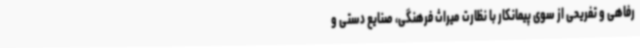
رفاهی و تفریحی از سوی پیمانکار با نظارت میراث فرهنگی، صنایع دستی و